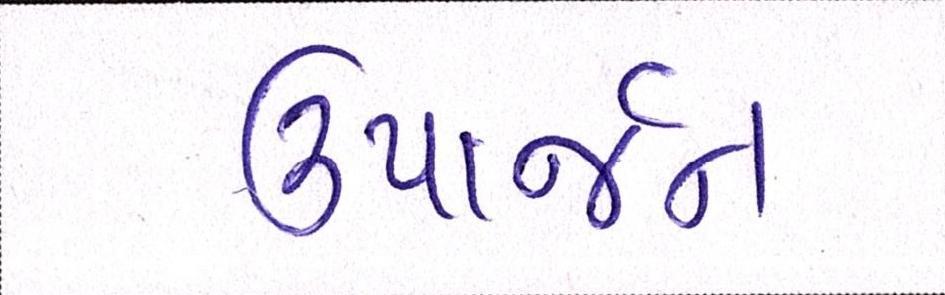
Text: ઉપાર્જન